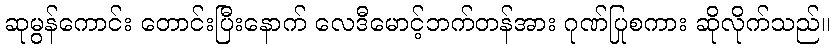
ဆုမွန်ကောင်း တောင်းပြီးနောက် လေဒီမောင့်ဘက်တန်အား ဂုဏ်ပြုစကား ဆိုလိုက်သည်။